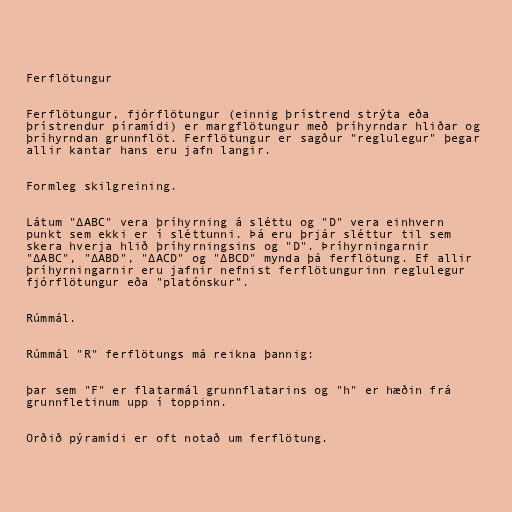
Ferflötungur

Ferflötungur, fjórflötungur (einnig þrístrend strýta eða
þrístrendur píramídi) er margflötungur með þríhyrndar hliðar og
þríhyrndan grunnflöt. Ferflötungur er sagður "reglulegur" þegar
allir kantar hans eru jafn langir.

Formleg skilgreining.

Látum "∆ABC" vera þríhyrning á sléttu og "D" vera einhvern
punkt sem ekki er í sléttunni. Þá eru þrjár sléttur til sem
skera hverja hlið þríhyrningsins og "D". Þríhyrningarnir
"∆ABC", "∆ABD", "∆ACD" og "∆BCD" mynda þá ferflötung. Ef allir
þríhyrningarnir eru jafnir nefnist ferflötungurinn reglulegur
fjórflötungur eða "platónskur".

Rúmmál.

Rúmmál "R" ferflötungs má reikna þannig:

þar sem "F" er flatarmál grunnflatarins og "h" er hæðin frá
grunnfletinum upp í toppinn.

Orðið pýramídi er oft notað um ferflötung.